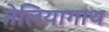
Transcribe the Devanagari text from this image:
तेलियागाथ